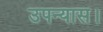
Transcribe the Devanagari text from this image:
उपन्‍यास।